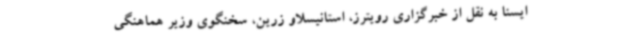
ایسنا به نقل از خبرگزاری رویترز، استانیسلاو زرین، سخنگوی وزیر هماهنگی